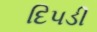
દિપડી